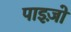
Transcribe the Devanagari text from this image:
पाइज़ो